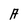
Character: A